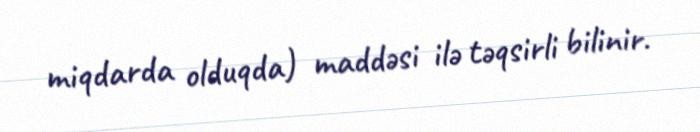
miqdarda olduqda) maddəsi ilə təqsirli bilinir.